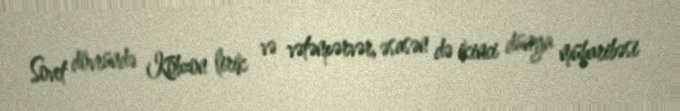
Sovet dövründə Kobzon lirik və vətənpərvər, əsasən də ikinci dünya müharibəsi